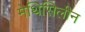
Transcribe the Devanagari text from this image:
मेथिसिलीन